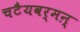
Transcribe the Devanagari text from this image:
चटैयवर्मऩ्